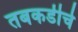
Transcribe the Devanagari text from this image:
तबकडीचे